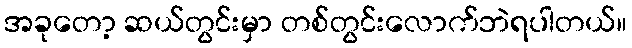
အခုတော့ ဆယ်တွင်းမှာ တစ်တွင်းလောက်ဘဲရပါတယ်။